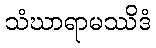
သံဃာရာမဿိဒံ